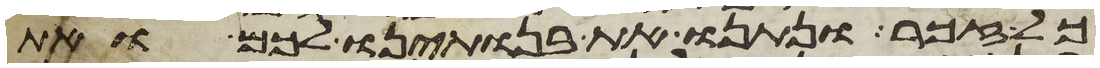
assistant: כל זכר ונתנו את בנתינו לכם ואת